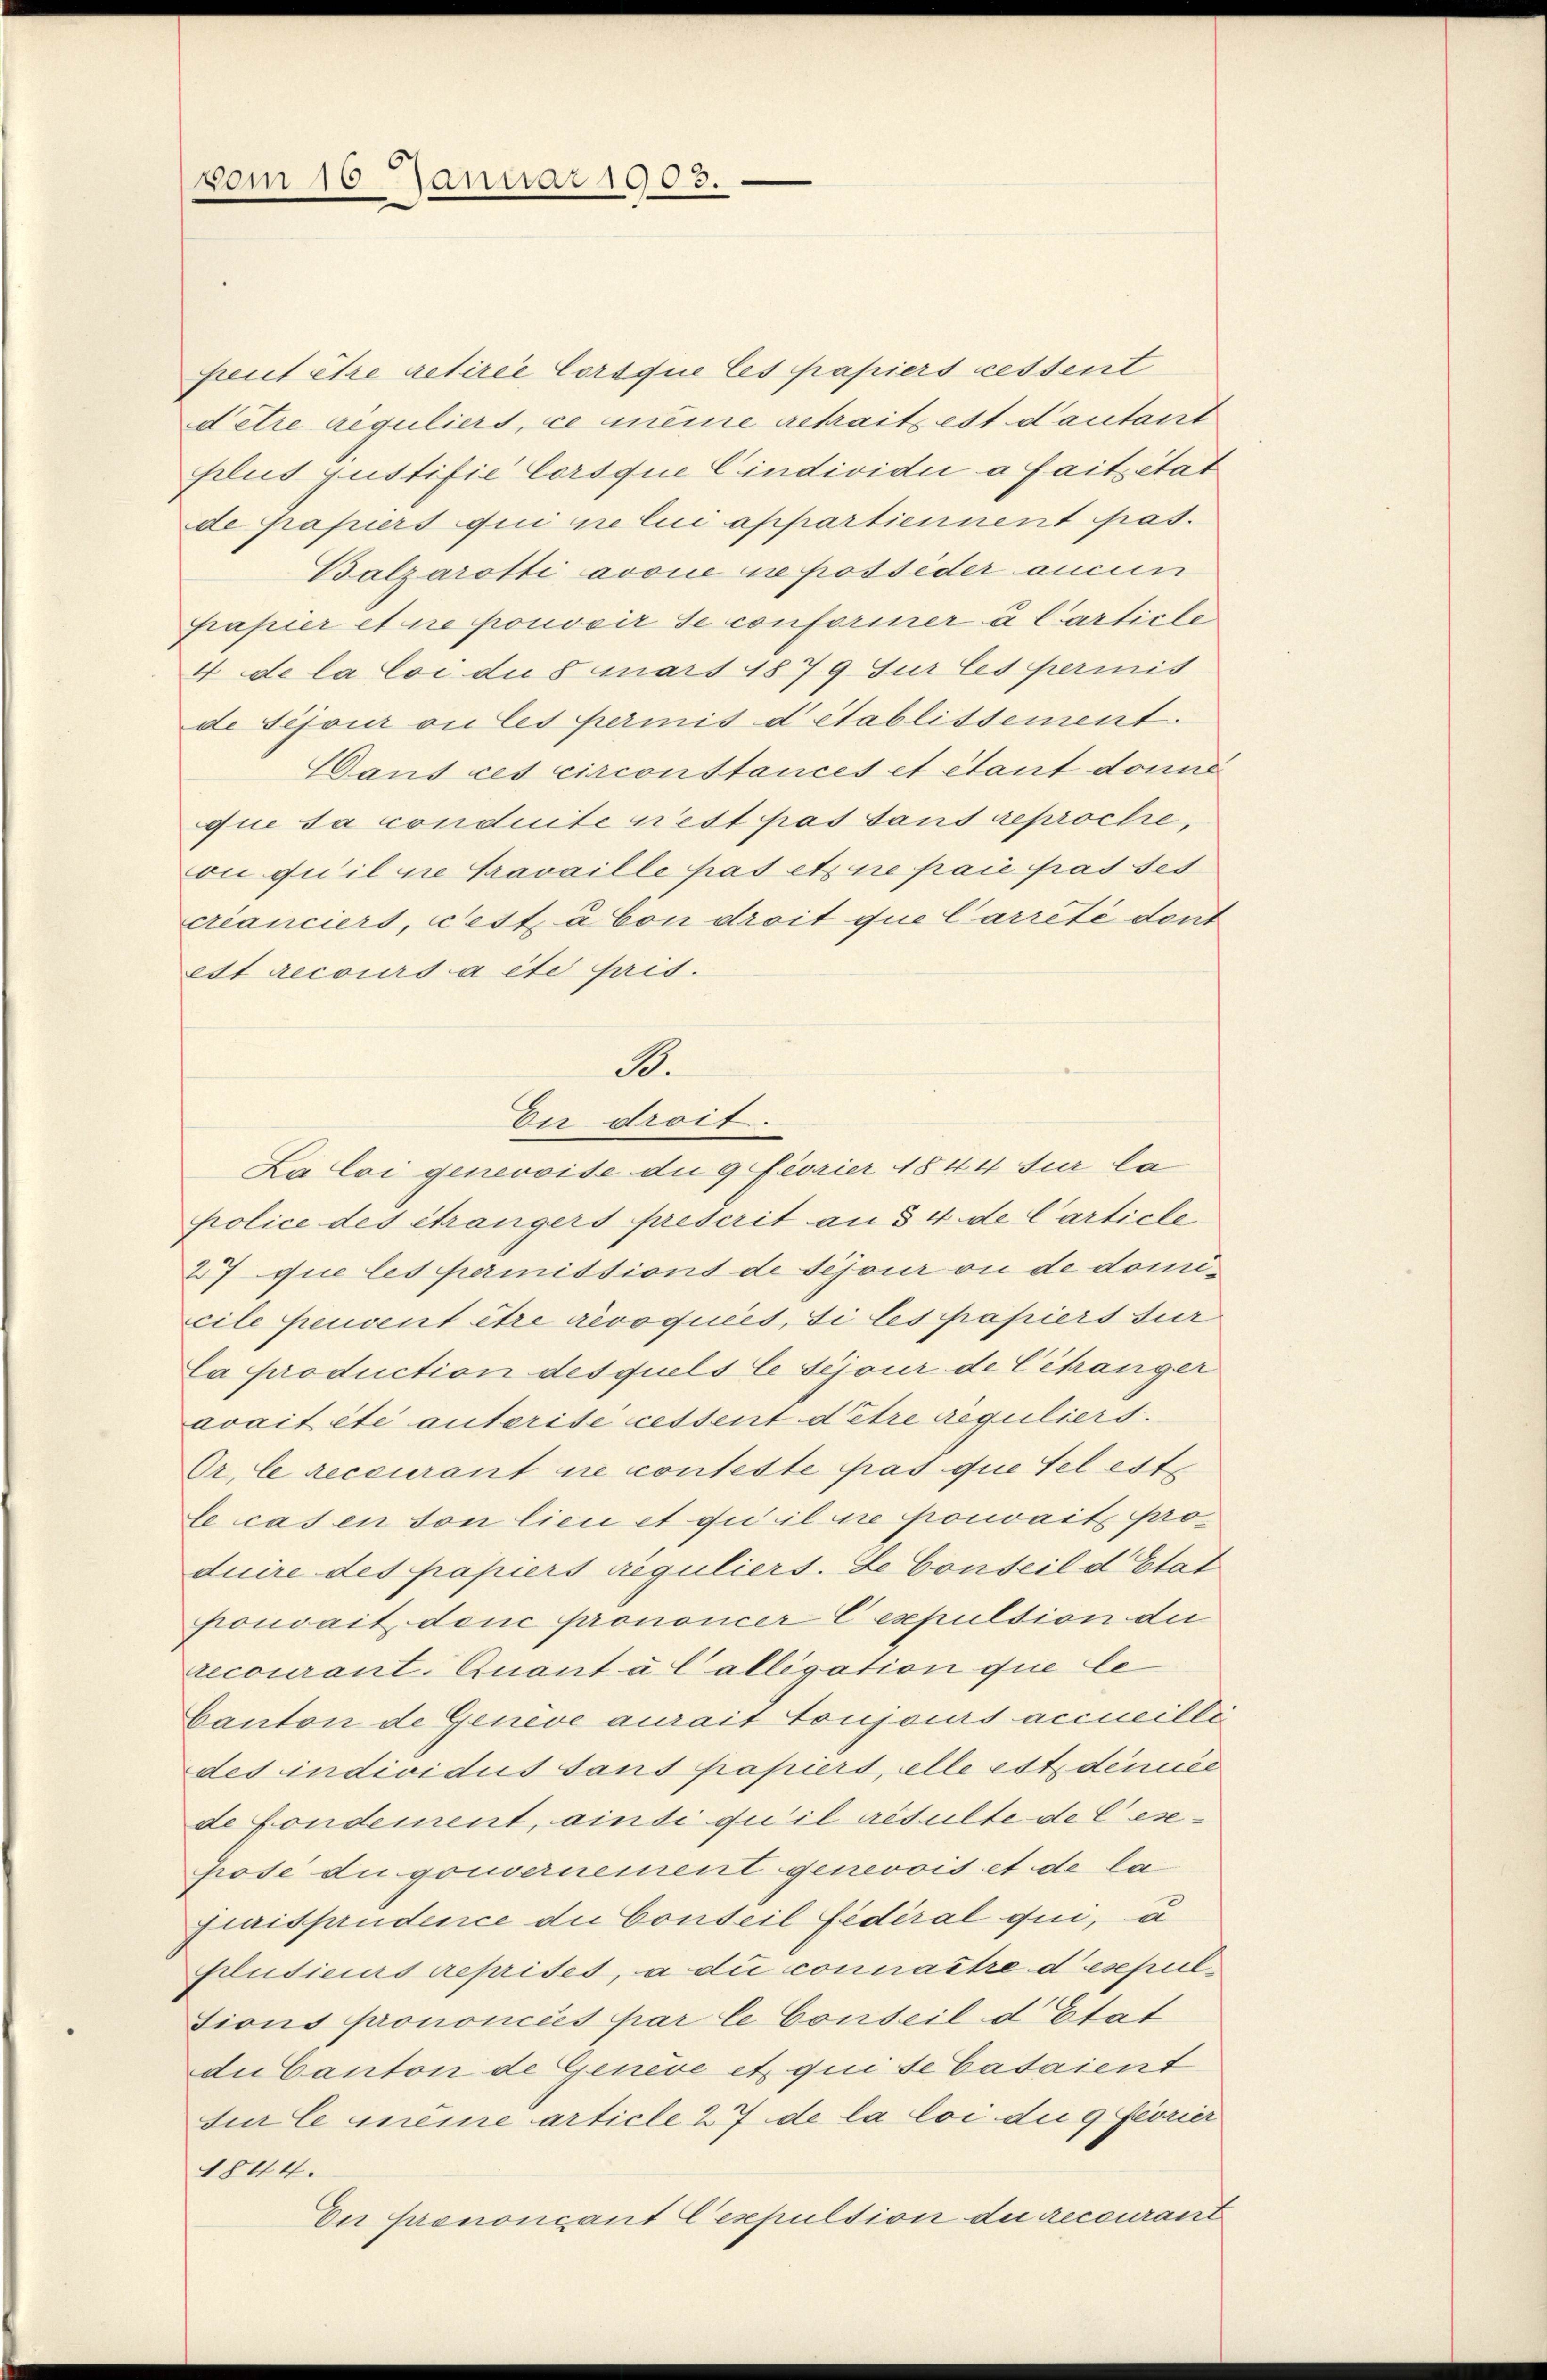
vom 15. Januar 1903.

peut être retirée lorsque les papiers cessent
d’être réguliers, ce meine getrait est dautant
plus justifie Corsque Cindividui a faitzitat
de Papiers qui ne lui appartiennent pas.
Balzarotti avoie ne possider aucun
Papier et ne pouvoir se conforiner à l’article
4 de la loi due 8 mars 1879 Jur les permis
de Sijour ou les permis d’établissement.
Dans ces circonstances et étant donne
que sa conduite n’est pas sans reproche,
ou qu’il sie Fravaille pas et ne paie pas ses
créanciers, c’est à Con droit que Carreté dont
ett recours à etc fris.
La loi genevoise die 9 féorier 1844 sur la
police des étrangers prescrit an § 4. de Carticle
27 die les permittions de séjour ou de domicile peuvent être révoquées, Si les papiers sur
La production desquels le Sejour de Cchänger
avait été auterite cessent de tre reguliers.
Or, le reccurant ne conteste pas que tel est
le cas en ton lieu et qui il ne pouvait produire des papiers reguliers. Le Conseil d’Etat
pouvait dene prononcer C expulsion die
recourant. Quant à lallegation que le
Canton de Genève aurait toujours accueilli
des individus sans papiert, alle est denes
de Fondement, ainsi qu’il résulte de lesepose die gouvernement genevois et de la
qurisprudence du Conteil fédéral qui, u
Pludieurs reprises, a du connaître desepultions prononcées par le Conseil d’Etat
du Canton de Genève et qui se bataient
sur le même article 27 de la loi die 9 feorier
1844.
Der prononçant Cexpultion du recourant

S.
En droit.